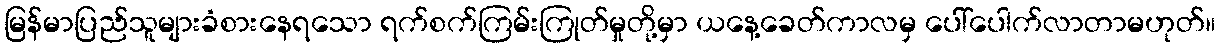
မြန်မာပြည်သူများခံစားနေရသော ရက်စက်ကြမ်းကြုတ်မှုတို့မှာ ယနေ့ခေတ်ကာလမှ ပေါ်ပေါက်လာတာမဟုတ်။